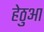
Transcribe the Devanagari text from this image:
हेठुआ